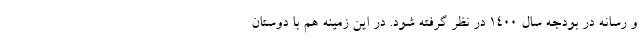
و رسانه در بودجه سال ۱۴۰۰ در نظر گرفته شود. در این زمینه هم با دوستان